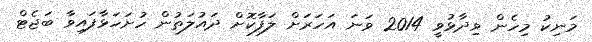
މަނިކު މިހެން ވިދާޅުވީ 2014 ވަނަ އަހަރަށް ލަފާކޮށް ދައުލަތުން ހުށަހަޅާފައިވާ ބަޖެޓް